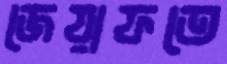
জেয়াফতে